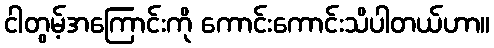
ငါတွမ့်အကြောင်းကို ကောင်းကောင်းသိပါတယ်ဟာ။